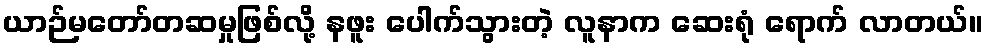
ယာဉ်မတော်တဆမှုဖြစ်လို့ နဖူး ပေါက်သွားတဲ့ လူနာက ဆေးရုံ ရောက် လာတယ်။